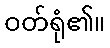
ဝတ်ရုံ၏။